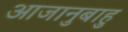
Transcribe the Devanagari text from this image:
आजानुबाहु